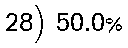
28) 50.0%